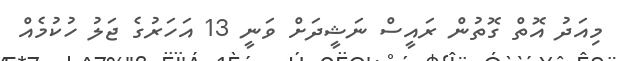
މިއަދު އޮތް ގޮތުން ރައީސް ނަޝީދަށް ވަނީ 13 އަހަރުގެ ޖަލު ހުކުމެއް